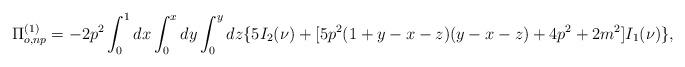
LaTeX: \begin{align*}\Pi^{(1)}_{o,np}=-2p^2\int_{0}^{1}dx\int_{0}^{x}dy\int_{0}^{y}dz\{5I_2(\nu)+[5p^2(1+y-x-z)(y-x-z)+4p^2+2m^2]I_{1}(\nu)\},\end{align*}